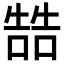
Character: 𠼑